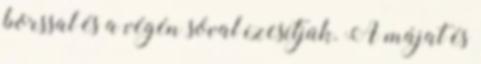
borssal és a végén sóval ízesítjük. A májat és